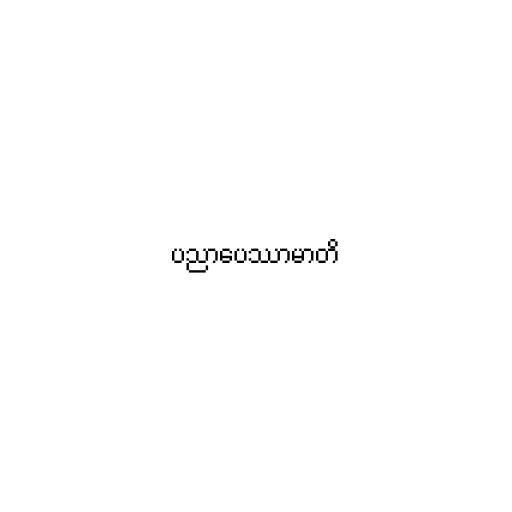
ပညာပေဿာမာတိ